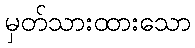
မှတ်သားထားသော